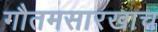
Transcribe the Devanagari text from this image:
गौतमसारखाच